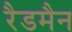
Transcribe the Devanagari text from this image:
रैडमैन